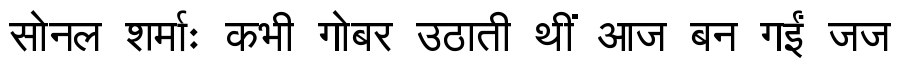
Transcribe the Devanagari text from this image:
सोनल शर्माः कभी गोबर उठाती थीं आज बन गईं जज